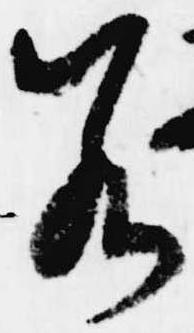
若